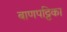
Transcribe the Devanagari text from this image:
बाणपट्टिका